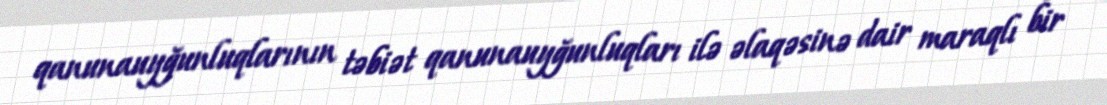
qanunauyğunluqlarının təbiət qanunauyğunluqları ilə əlaqəsinə dair maraqlı bir